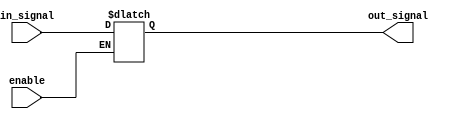
module buffer_with_enable(
    input wire in_signal,
    input wire enable,
    output reg out_signal
);

always @ (in_signal, enable)
begin
    if (enable)
        out_signal <= in_signal;
end

endmodule